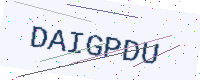
Text: DAIGPDU